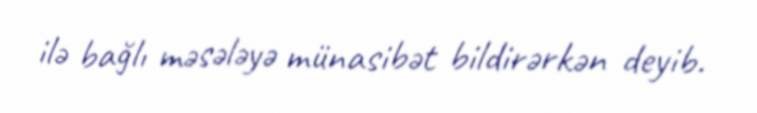
ilə bağlı məsələyə münasibət bildirərkən deyib.